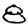
Digit: 8